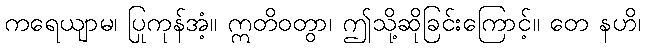
ကရေယျာမ၊ ပြုကုန်အံ့။ ဣတိဝတွာ၊ ဤသို့ဆိုခြင်းကြောင့်။ တေ နဟိ၊